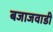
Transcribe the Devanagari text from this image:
बजाजवाडी